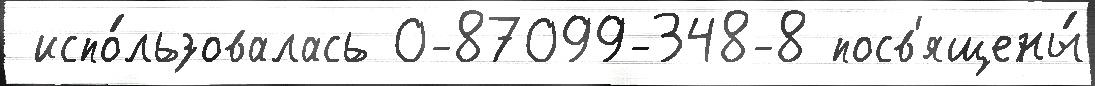
 испо́льзовалась 0-87099-348-8 посв'ящены́